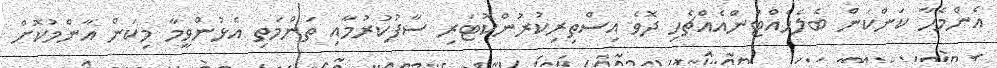
އެންމެހާ ކަންކަން ބެލެހެއްޓުންއެއްޗެހި ދޮވެ އިސްތިރިކުރުންކޮޓަރި ސާފުކުރުމާއި ތަންމަތި އެޅުންވީމާ މިކަން އާންމުކޮށް